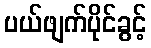
ပယ်ဖျက်ပိုင်ခွင့်